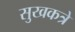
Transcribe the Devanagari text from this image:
सुखकत्रे